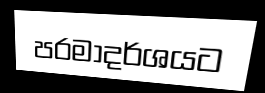
පරමාදර්ශයට